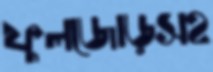
ফুলজোড়সহ